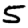
Digit: 5